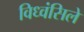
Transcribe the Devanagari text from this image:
विध्वंसिले